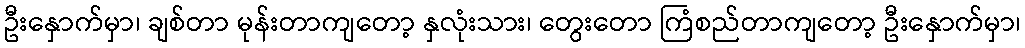
ဦးနှောက်မှာ၊ ချစ်တာ မုန်းတာကျတော့ နှလုံးသား၊ တွေးတော ကြံစည်တာကျတော့ ဦးနှောက်မှာ၊